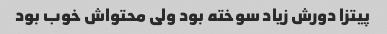
پیتزا دورش زیاد سوخته بود ولی محتواش خوب بود